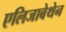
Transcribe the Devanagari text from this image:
एलिजाबेथेन